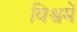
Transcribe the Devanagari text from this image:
विश्वमें